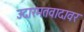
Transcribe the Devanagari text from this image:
उदारमतवादावर